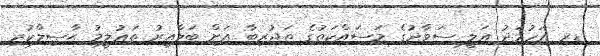
ޑރ އަހުމަދު ޢަލީ ސަވާދުގެ މަސައްކަތުގެ ތަޖުރިބާ އަށް ބަލާއިރު ތަޢުލީމު ޙާޞިލްކުރި